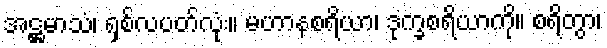
အဋ္ဌမာသံ၊ ရှစ်လပတ်လုံး။ မဟာနစရိယာ၊ ဒုက္ခစရိယာကို။ စရိတွာ၊